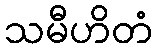
သမီဟိတံ